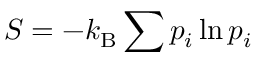
S = - k _ { \mathrm { B } } \sum p _ { i } \ln p _ { i }